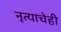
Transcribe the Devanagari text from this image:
नृत्याचेही